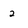
Character: 2